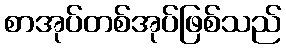
စာအုပ်တစ်အုပ်ဖြစ်သည်